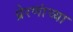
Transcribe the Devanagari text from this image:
प्रेरणांच्या